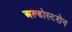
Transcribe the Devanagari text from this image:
अल्डोस्टरोन